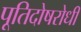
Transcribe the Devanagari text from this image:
पूतिदोषरोधी